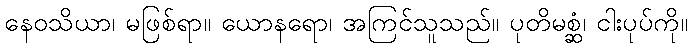
နေဝသိယာ၊ မဖြစ်ရာ။ ယောနရော၊ အကြင်သူသည်။ ပုတိမစ္ဆံ၊ ငါးပုပ်ကို။